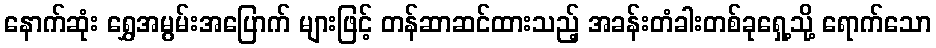
နောက်ဆုံး ရွှေအမွမ်းအပြောက် များဖြင့် တန်ဆာဆင်ထားသည့် အခန်းတံခါးတစ်ခုရှေ့သို့ ရောက်သော